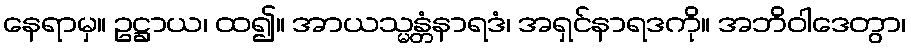
နေရာမှ။ ဥဋ္ဌာယ၊ ထ၍။ အာယသ္မန္တံနာရဒံ၊ အရှင်နာရဒကို။ အဘိဝါဒေတွာ၊